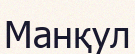
Манқул